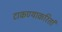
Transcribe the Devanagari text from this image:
टाकण्याकरितां